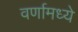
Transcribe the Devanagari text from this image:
वर्णामध्ये